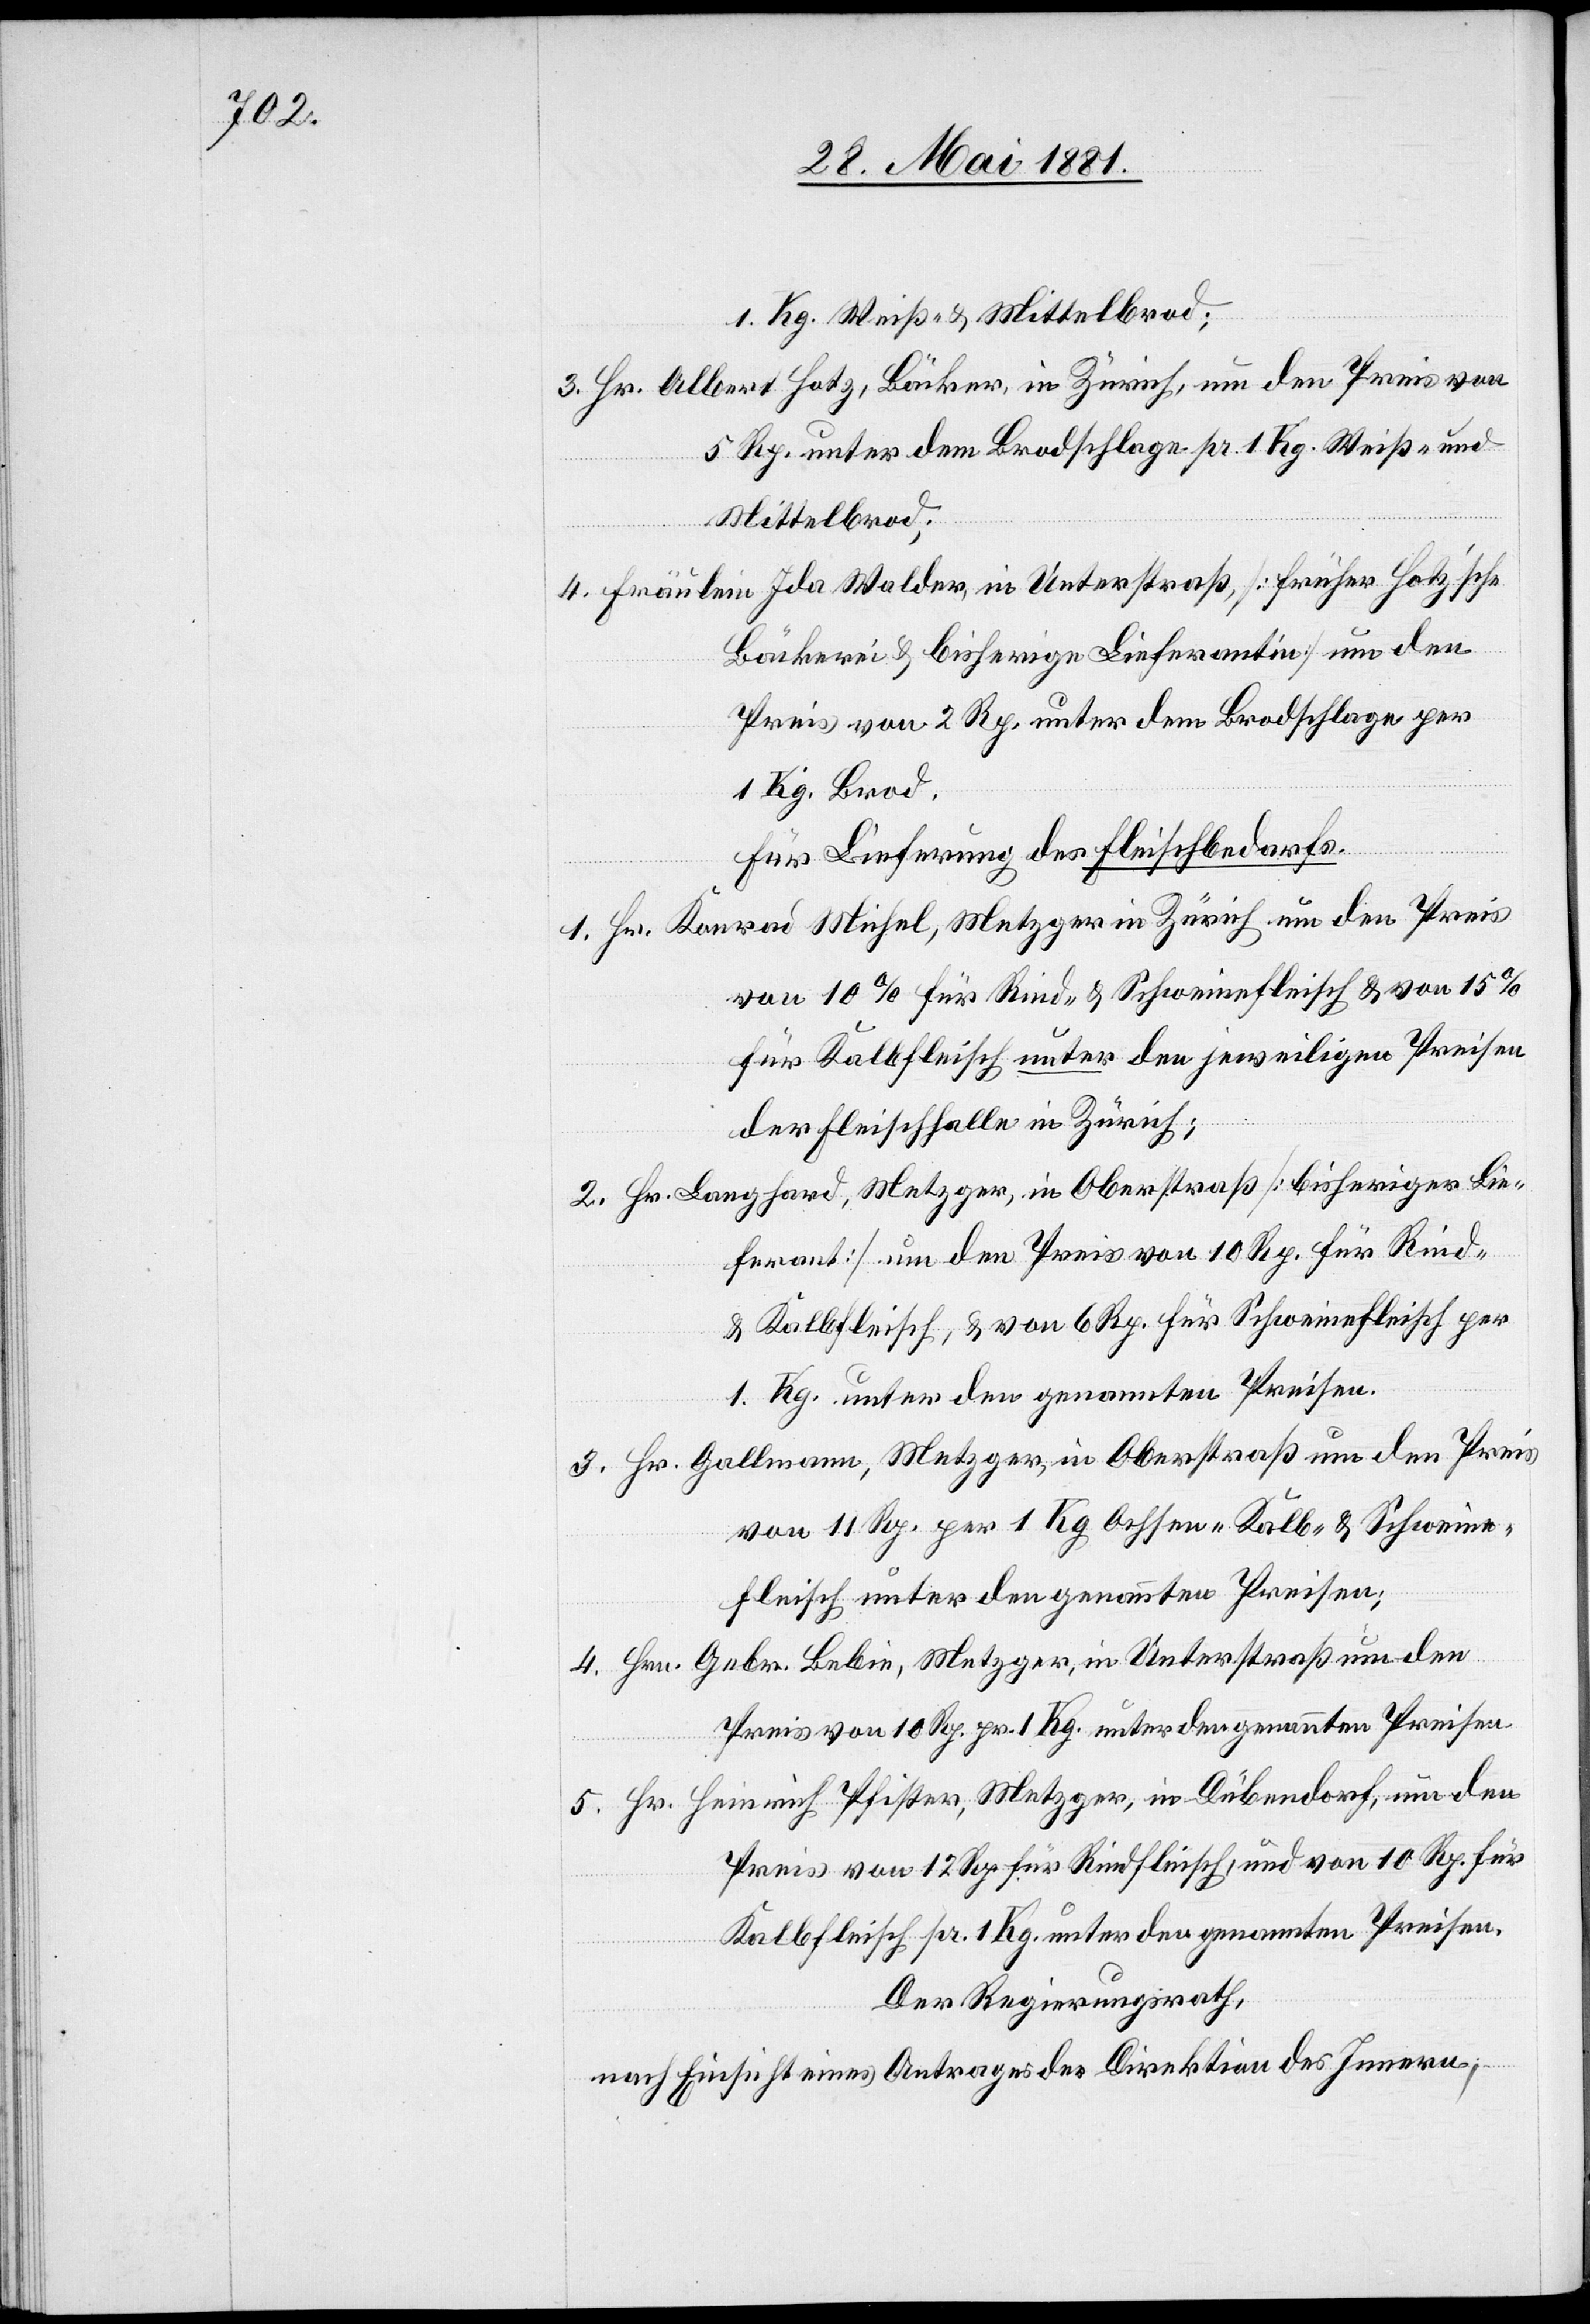
1 Kg. Weiß- und Mittelbrod;
5 Rp. unter dem Brodschlage pr. 1 Kg. Weiß- und
Mittelbrod.
Bäckerei & bisherige Lieferantin] um den
Preis von 2 Rp. unter dem Brodschlage per
1 Kg. Brod.
Für Lieferung des Fleischbedarfs.
von 10% für Rind- & Schweinefleisch & von 15%
für Kalbsfleisch unter den jeweiligen Preisen
der Fleischhalle in Zürich;
ferant] um den Preis von 10 Rp. für Rind-
& Kalbfleisch, & von 6 Rp. für Schweinefleisch per
1 Kg. unter den genannten Preisen.
von 11 Rp. per 1 Kg. Ochsen-[,] Kalb- & Schweine¬
fleisch unter den genannten Preisen;
Preis von 10 Rp. pr. 1 Kg. unter den genannten Preisen.
Preis von 12 Rp. für Rindfleisch, und von 10 Rp. für
Kalbfleisch pr. 1 Kg. unter den genannten Preisen.
den
Der Regierungsrath,
nach Einsicht eines Antrages der Direktion des Innern,